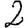
Digit: 2